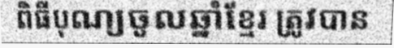
ពិធីបុណ្យចូលឆ្នាំខ្មែរ ត្រូវបាន